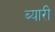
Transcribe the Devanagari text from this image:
ब्यारी